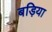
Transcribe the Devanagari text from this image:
बड़िया